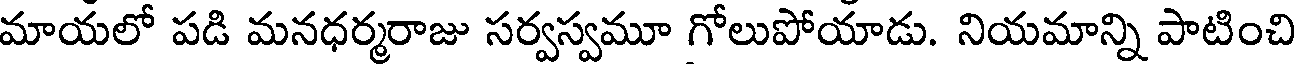
మాయలో పడి మనధర్మరాజు సర్వస్వమూ గోలుపోయాడు. నియమాన్ని పాటించి